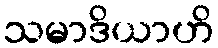
သမာဒိယာဟိ